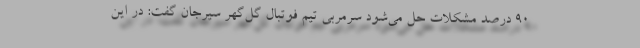
90 درصد مشکلات حل می‌شود سرمربی تیم فوتبال گل‌گهر سیرجان گفت: در این